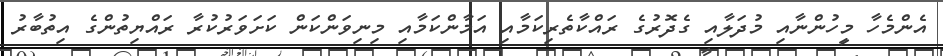
އެންމެހާ މީހުންނާއި މުދަލާއި ގެދޮރުގެ ރައްކާތެރިކަމާއި އަމާންކަމާއި މިނިވަންކަން ކަށަވަރުކުރާ ރައްޔިތުންގެ އިތުބާރު